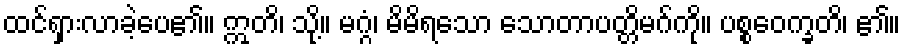
ထင်ရှားလာခဲ့ပေ၏။ ဣတိ၊ သို့။ မဂ္ဂံ၊ မိမိရသော သောတာပတ္တိမဂ်ကို။ ပစ္စဝေက္ခတိ၊ ၏။